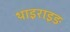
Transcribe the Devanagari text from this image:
थाइराइङ